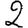
Digit: 2